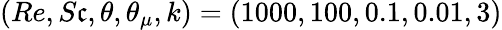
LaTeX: (Re,S\mathfrak{c},\theta,\theta_{\mu},k)=(1000,100,0.1,0.01,3)